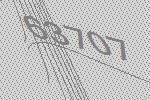
63707